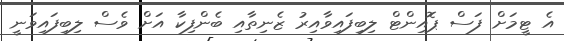
އެ ޓީމަށް ފަސް ޕޮއިންޓް ލިބިފައިވާއިރު ޒެނިތާއި ބެންފިކާ އަށް ވެސް ލިބިފައިވަނީ